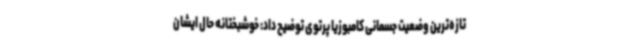
تازه‌ترین وضعیت جسمانی کامبوزیا پرتوی توضیح داد: خوشبختانه حال ایشان